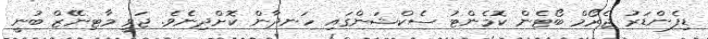
ޑިފެންޑަރު ޖެރޯމް ބޯޓެން ކޮމެންޓު ސެކްޝަންގައި ހަނދާން ކޮށްދިނެެވެ. ޖަވީ މާޓިނޭޒް ބުނީ